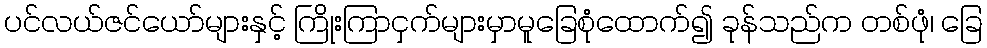
ပင်လယ်ဇင်ယော်များနှင့် ကြိုးကြာငှက်များမှာမူခြေစုံထောက်၍ ခုန်သည်က တစ်ဖုံ၊ ခြေ